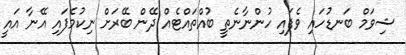
ޝިވަމް ބަނޑުހައި ވެފައި ހުންނާނެތީ ބުއްތައްޓެއް ދޭން ބޭރަށް ނިކުމެފައި އޭނާ އައީ